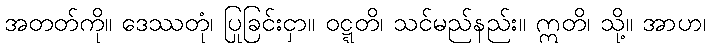
အတတ်ကို။ ဒေဿတုံ၊ ပြုခြင်းငှာ။ ဝဋ္ဋတိ၊ သင်မည်နည်း။ ဣတိ၊ သို့။ အာဟ၊